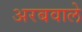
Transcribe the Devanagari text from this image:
अरबवाले